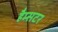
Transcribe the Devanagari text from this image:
हैम्सटर